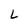
Character: L